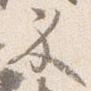
示